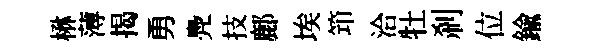
楙薄揭勇鳧技鄜埃笻洽牡刹位鍮